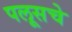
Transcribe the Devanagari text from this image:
पलूसचे